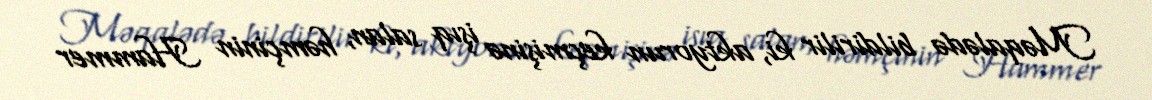
Məqalədə bildirilir ki, aktyorun keçmişinə işıq salan, həmçinin Hammer